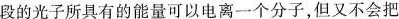
段的光子所具有的能量可以电离一个分子，但又不会把分子打碎。